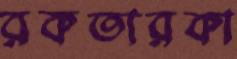
রকতারকা